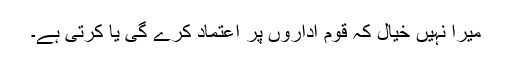
میرا نہیں خیال کہ قوم اداروں پر اعتماد کرے گی یا کرتی ہے۔